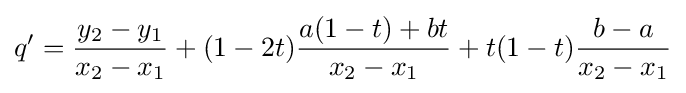
q'={\frac {y_{2}-y_{1}}{x_{2}-x_{1}}}+(1-2t){\frac {a(1-t)+bt}{x_{2}-x_{1}}}+t(1-t){\frac {b-a}{x_{2}-x_{1}}}